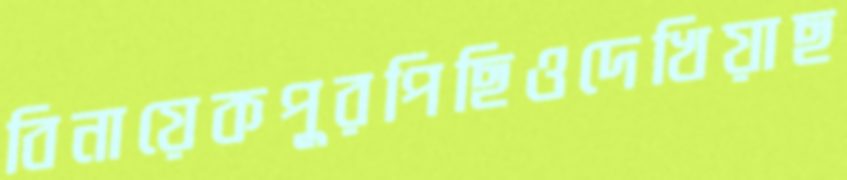
বিনায়েকপুরপিছিওদেখিয়াছ